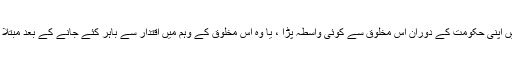
کیا انہیں اپنی حکومت کے دوران اس مخلوق سے کوئی واسطہ پڑا ، یا وہ اس مخلوق کے وہم میں اقتدار سے باہر کئے جانے کے بعد مبتلا ہوئے؟